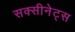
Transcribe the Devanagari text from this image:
सक्सीनेट्स